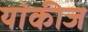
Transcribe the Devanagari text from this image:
यांकीज